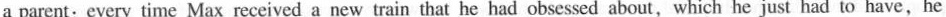
a pareat:cvery time Max received a new trair; that he had obsessad abcut,which he just had to have,he